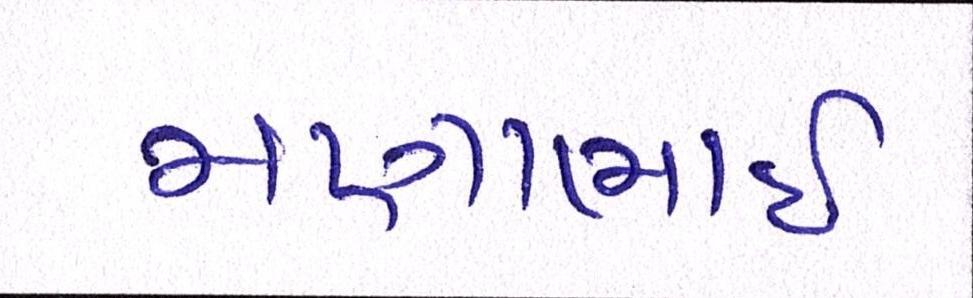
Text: મણાભાઈ